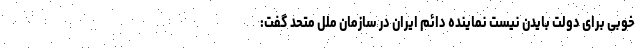
خوبی برای دولت بایدن نیست نماینده دائم ایران در سازمان ملل متحد گفت: